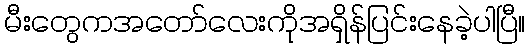
မီးတွေကအတော်လေးကိုအရှိန်ပြင်းနေခဲ့ပါပြီ။